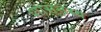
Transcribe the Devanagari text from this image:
शासनस्य